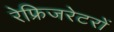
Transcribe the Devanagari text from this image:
रेफ्रिजरेटरों